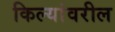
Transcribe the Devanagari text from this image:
किल्यांवरील